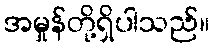
အမှုန်တို့ရှိပါသည်။